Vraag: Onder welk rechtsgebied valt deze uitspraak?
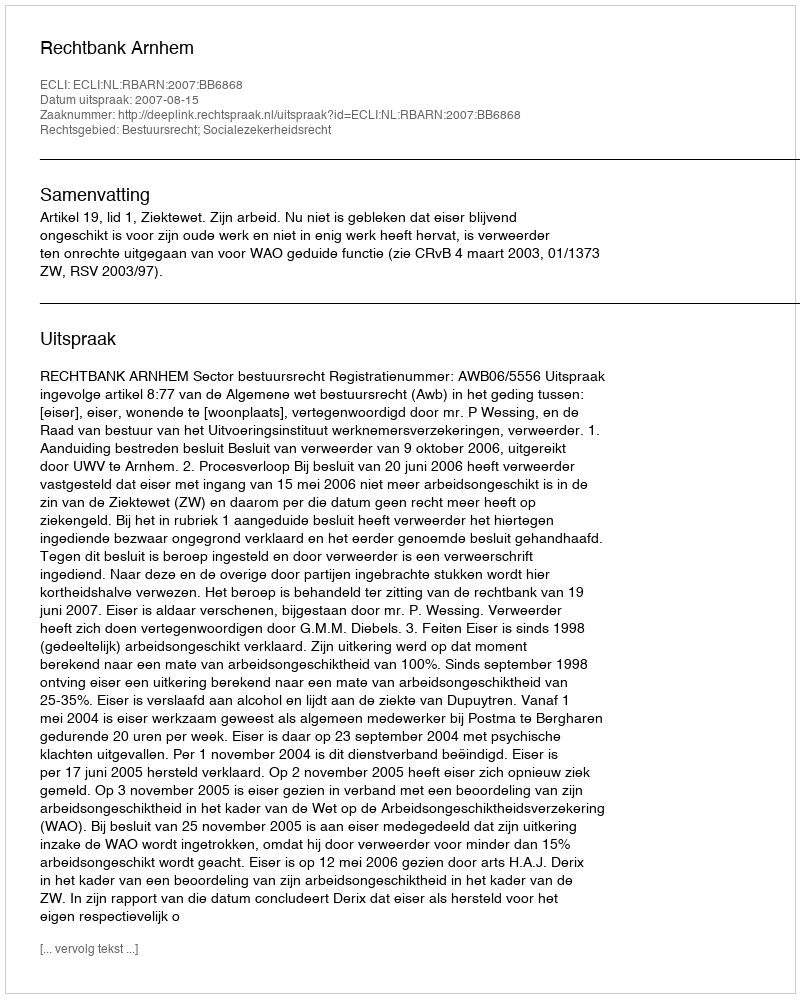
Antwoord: Bestuursrecht; Socialezekerheidsrecht